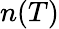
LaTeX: n(T)